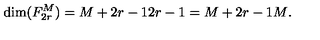
\mathrm { d i m } ( F _ { 2 r } ^ { M } ) = { \binom { M + 2 r - 1 } { 2 r - 1 } } = { \binom { M + 2 r - 1 } { M } } .